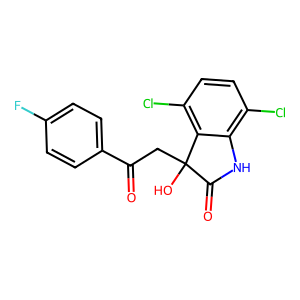
SMILES: O=C(CC1(O)C(=O)Nc2c(Cl)ccc(Cl)c21)c1ccc(F)cc1
Inhibits HIV replication: No